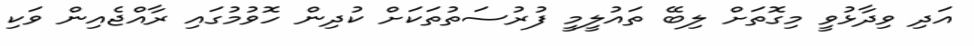
އަދި ވިދާޅުވީ މިގޮތަށް ލިބޭ ތައުލީމީ ފުރުސަތުތަކަށް ކުދިން ހޮވުމުގައި ރާއްޖެއިން ވަކި